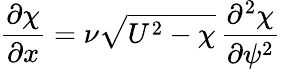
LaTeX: {\frac{\partial\chi}{\partial x}}=\nu{\sqrt{U^{2}-\chi}}\, {\frac{\partial^{2}\chi}{\partial\psi^{2}}}